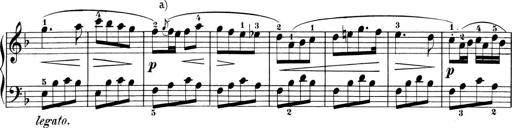
Title: 6 Piano Sonatinas
Composer: Cornelius Gurlitt